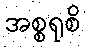
အစ္စရုစိ